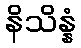
နိသိန္နံ